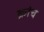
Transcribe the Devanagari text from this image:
क्रांच